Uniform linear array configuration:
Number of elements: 32
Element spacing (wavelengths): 0.75
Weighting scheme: hann
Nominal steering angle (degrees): -45
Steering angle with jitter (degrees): -44.89
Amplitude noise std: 0.05
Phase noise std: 0.05

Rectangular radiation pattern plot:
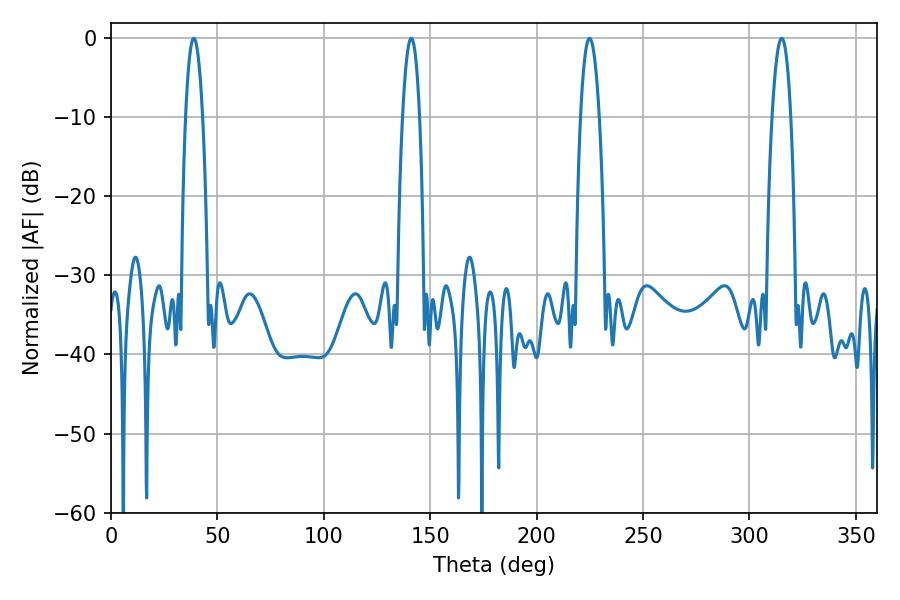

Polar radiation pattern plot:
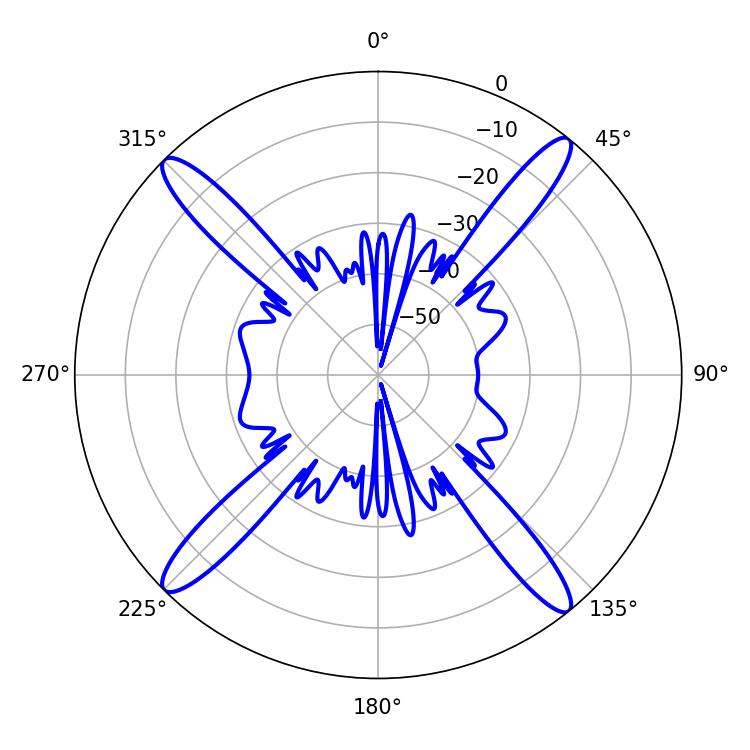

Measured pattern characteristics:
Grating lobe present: TRUE
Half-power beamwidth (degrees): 4.5
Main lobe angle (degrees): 38.88